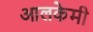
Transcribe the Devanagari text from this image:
आलकेमी